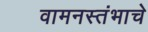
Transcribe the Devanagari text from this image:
वामनस्तंभाचे